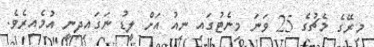
މިރޭގެ މެޗުގެ 25 ވަނަ މިނެޓުގައި ނިއު އަށް ލީޑު ނަގައިދިނީ އުމެއިރެވެ.